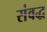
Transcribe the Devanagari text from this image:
संवद्ध